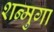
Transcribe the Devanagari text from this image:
शन्मुगा